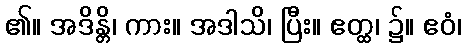
၏။ အဒိန္တိ၊ ကား။ အဒါသိ၊ ပြီး။ ဧတ္ထ၊ ၌။ ဧဝံ၊